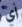
أي